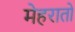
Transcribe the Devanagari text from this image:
मेहरातों